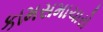
કામસમાચારો